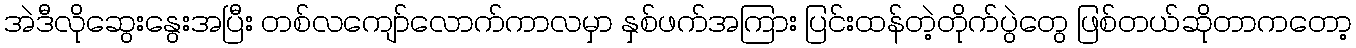
အဲဒီလိုဆွေးနွေးအပြီး တစ်လကျော်လောက်ကာလမှာ နှစ်ဖက်အကြား ပြင်းထန်တဲ့တိုက်ပွဲတွေ ဖြစ်တယ်ဆိုတာကတော့